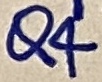
Text: Q4